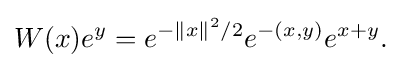
{W(x)e^{y}=e^{-\|x\|^{2}/2}e^{-(x,y)}e^{x+y}.}